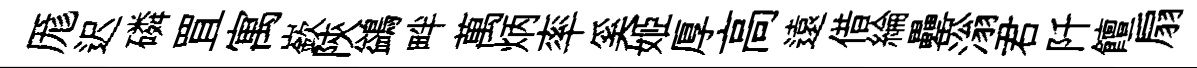
厖迟磷罝寓嶔陝鷁畔萬炳率奚姬厚高遠借綸罍滃君阡饘扇